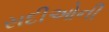
સદીઓની